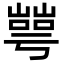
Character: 𡼰